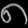
Digit: ၈